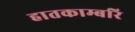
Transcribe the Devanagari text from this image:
हातकाम्बरि